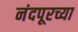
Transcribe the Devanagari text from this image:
नंदपूरच्या